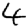
Digit: 4